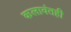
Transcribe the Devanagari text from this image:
कलावंतही